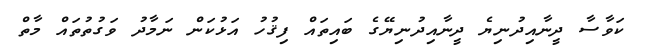
ކަވާސާ ދީނާއިދުނިޔެ ދީނާއިދުނިޔޭގެ ބައިތައް ފިޤުހު އަޅުކަން ނަމާދު ވަގުތުތައް މާތް